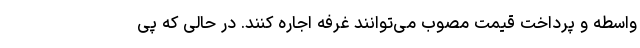
واسطه و پرداخت قیمت مصوب می‌توانند غرفه اجاره کنند. در حالی که پی